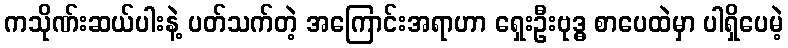
ကသိုဏ်းဆယ်ပါးနဲ့ ပတ်သက်တဲ့ အကြောင်းအရာဟာ ရှေးဦးဗုဒ္ဓ စာပေထဲမှာ ပါရှိပေမဲ့